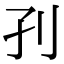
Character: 𡥁